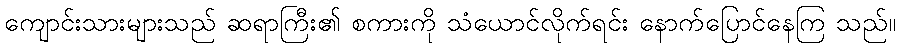
ကျောင်းသားများသည် ဆရာကြီး၏ စကားကို သံယောင်လိုက်ရင်း နောက်ပြောင်နေကြ သည်။